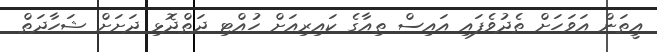
އީތަން އަވަހަށް ތެދުވެފައި އައިސް ތިއާގެ ކައިރިއަށް ހުއްޓި ދަތްދޮޅި ދަށަށް ޝަހާދަތް